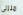
منزلى